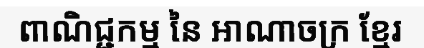
ពាណិជ្ជកម្ម នៃ អាណាចក្រ ខ្មែរ